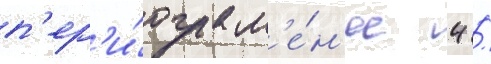
п'ер'и́ода м'е́н'ее 4 /